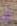
في